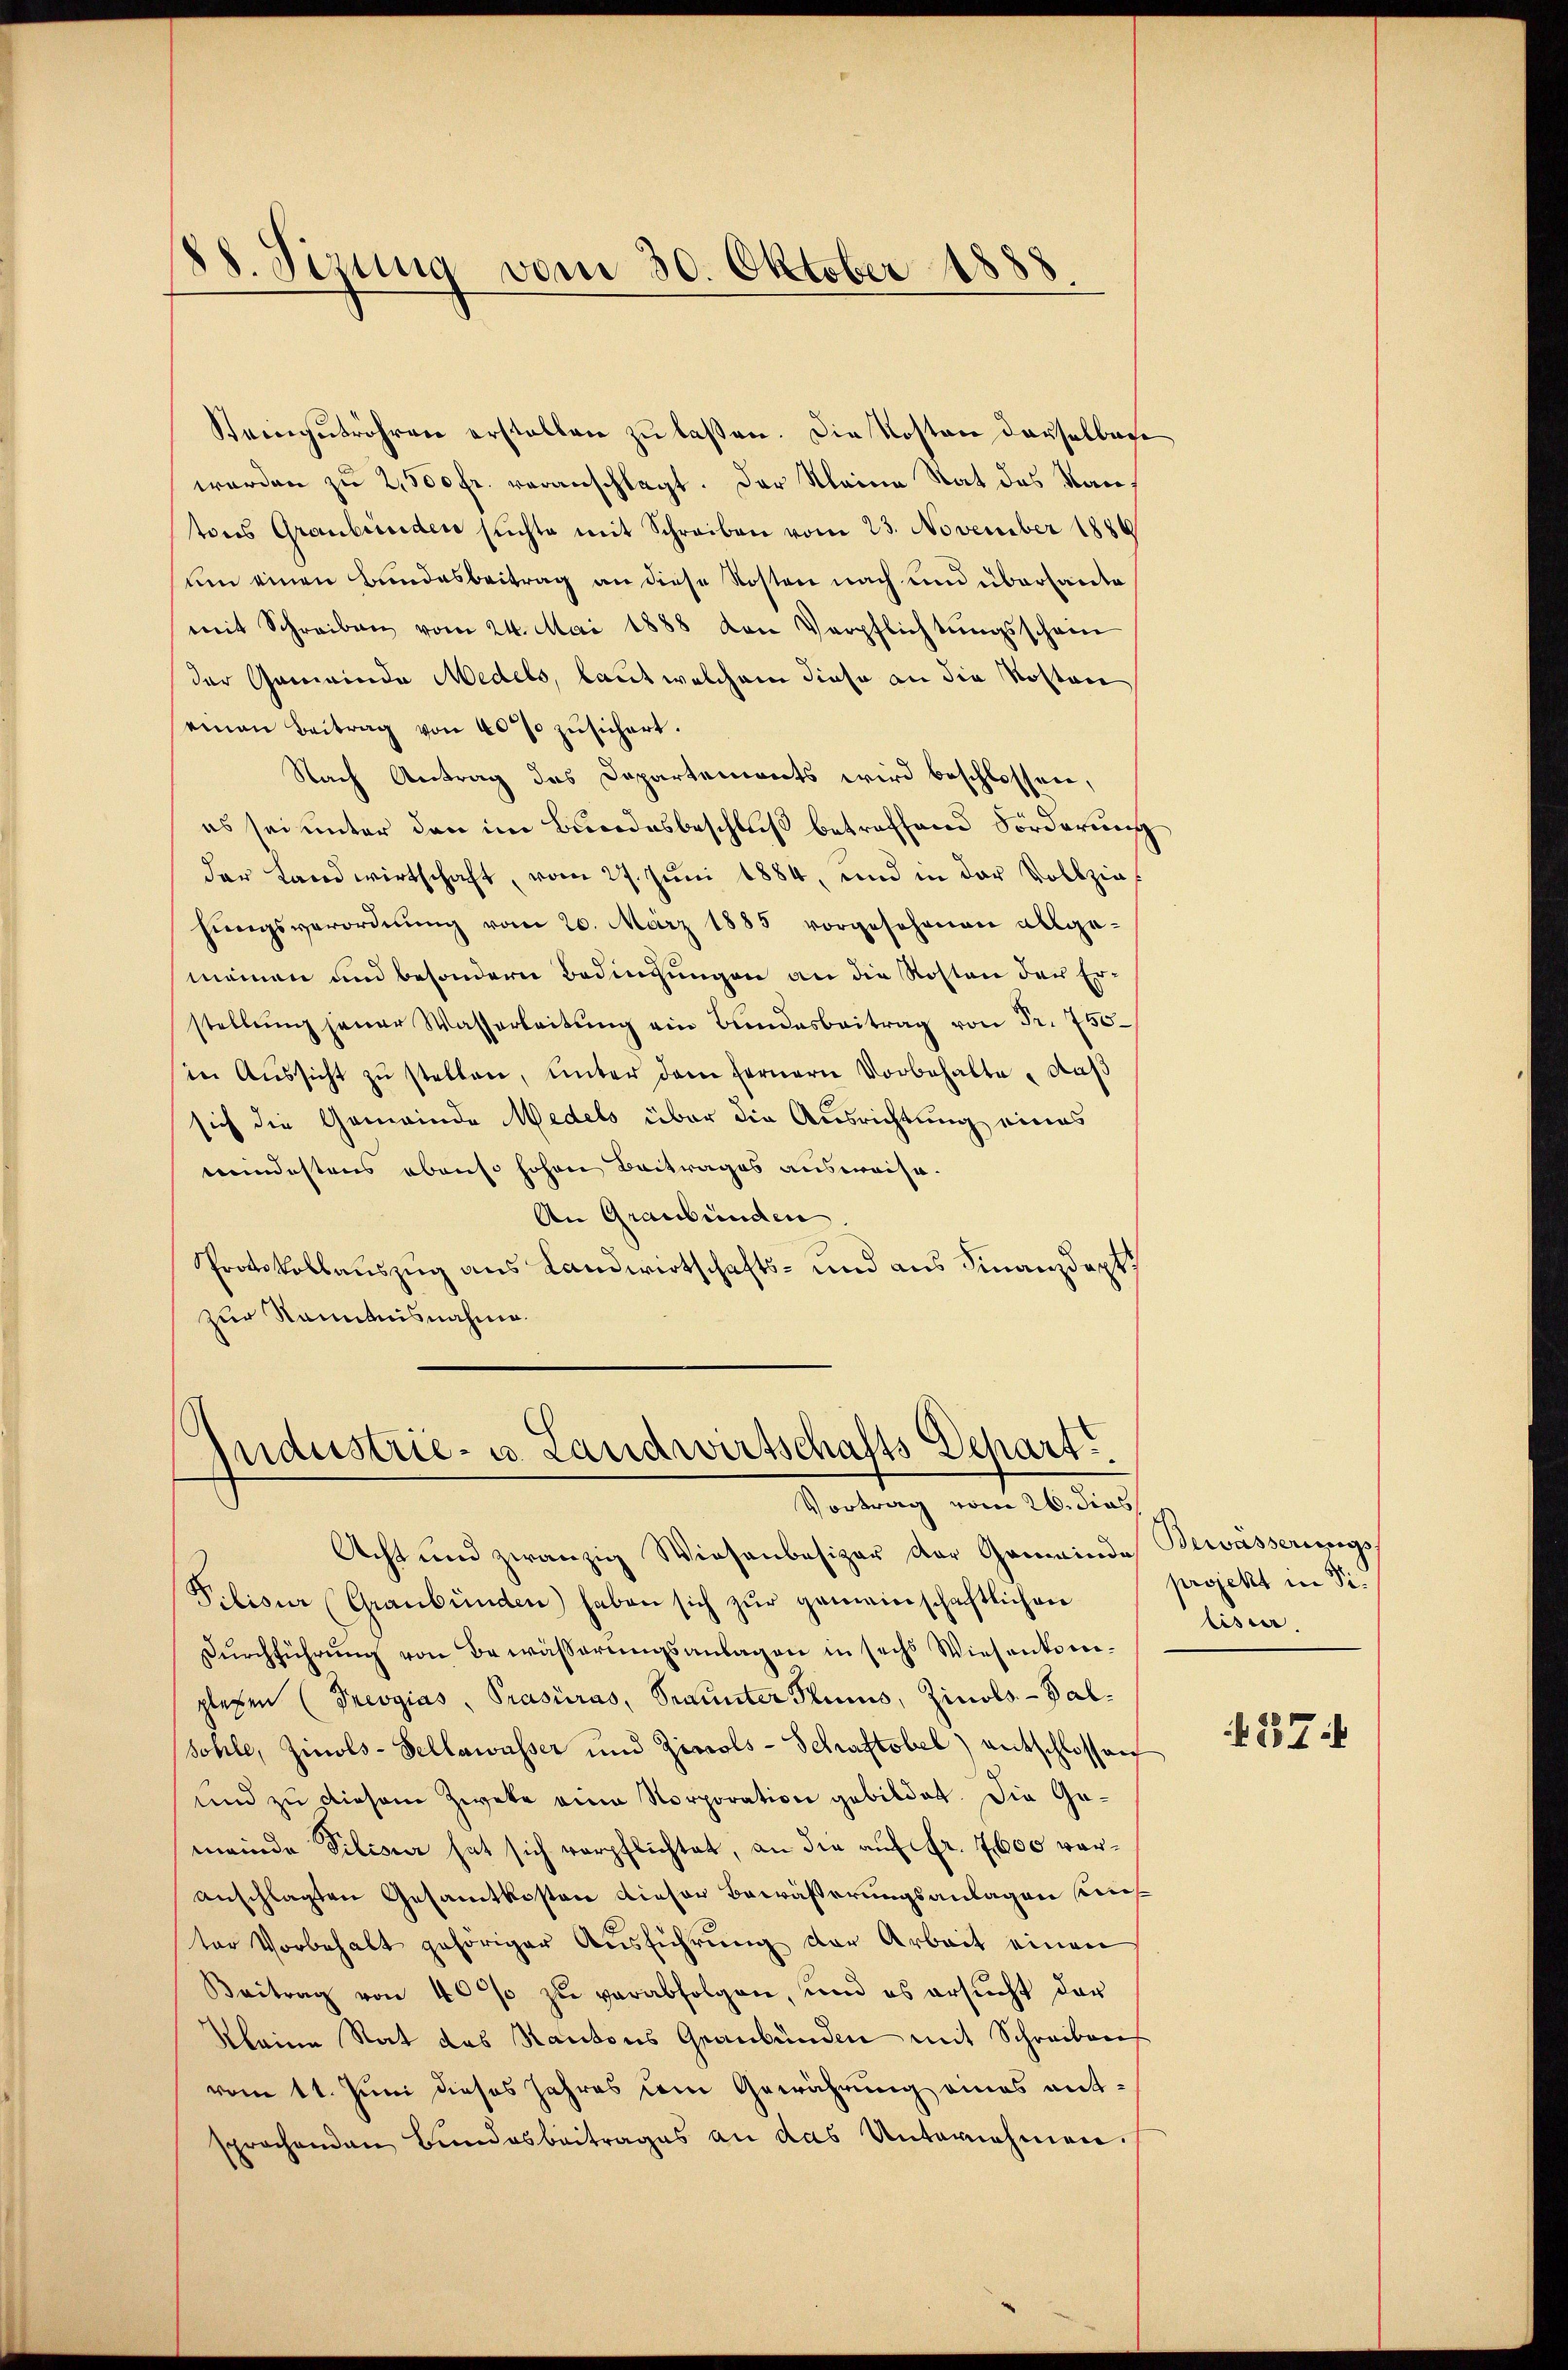
88. Sizung vom 30. Oktober 1888.

Steinzŭtröhren erstellen zŭ lassen. Die Kosten derselbare
worden zu 2,500 fr. veranschlagt. Der Kleine Rat des Kantons Graubünden suchte mit Schreiben vom 23. November 1886
um einen Bundesbeitrag an diese Kosten nach und überhaute
mit Schreiben vom 24. Mai 1888 von Verpflichtŭngsschein
der Gemeinde Medels, laut welchem diese an die Kosten
einen Beitrag von 40% zusichert.
Nach Antrag das Departements wird beschlossen,
es sei unter den im Bundesbeschluß betreffend Förderung
der Landwirtschaft, vom 27. Juni 1884, und in der Vollziehŭngsverordnŭng vom 20. März 1885 vorgesehenen allge-
meinen und besondere Bedingungen an die Kosten der Erstellŭng jener Wasserleitŭng ein Bundesbeitrag von Fr. 750
in Aŭssicht zŭ stellen, ŭnter dem fernern Vorbehalte, daß
sich die Gemeinde Medels über die Ausrichtung eines
meindestens abenso hohen Beitrages ausweise.
An Graubünden
Protokollauszug aus Landwirtschafts- und aus Finanzdept
zur Kenntnisnahme.

jaustrie- u. Landwirtschafts Depart
Vortrag vom 26. dies

Acht und zwanzig Wiesenbesizer der Gemeinde Bewasserungs
Pilisia (Graubünden) haben sich zŭr gemeinschaftlichen
Dŭrchführung von Bewässerungsanlagen in sechs Wiesenkomglegen (Prevgias, Prasiras, Staunter Plumis, Zinobs-Balsohle, Zinols-Sellawasser und Zippols-Schaftsbel) entschlossen
und zu diesem Zweke eine Norporation gebildet. Die Gemeinde Vilisier hat sich verpflichtet, an die auf fr. 7600 voranschlagten Gesamtkosten dieser Bewäßerungsanlagen dies
ter Vorbehalt gehöriger Aŭsführŭng der Arbeit einen
Beitrag von 400 zŭ verabfolgen, und es ersŭcht dar
kleine Rat des Kantons Graubünden mit Schreiben
vom 11. Juni dieses Jahres dem Gewährung eines entsprachenden Bundesbeitrages an das Unternehmen.

projekt in Si.
lisier

27